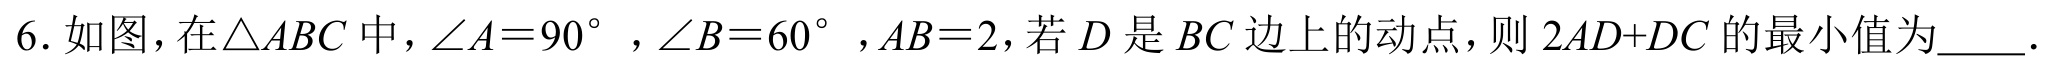
6. 如图，在$\triangle ABC$中，$\angle A = 90^{\circ}$，$\angle B = 60^{\circ}$，$AB = 2$，若$D$是$BC$边上的动点，则$2AD + DC$的最小值为  ．